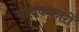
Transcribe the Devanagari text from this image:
वाचककारों